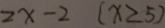
2 x - 2 ( x \geq 5 )